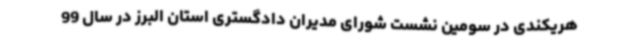
هریکندی در سومین نشست شورای مدیران دادگستری استان البرز در سال 99